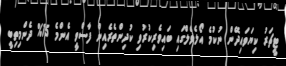
ޓީޗަރު ކިޔަވައިދޭން ނުކުމެ އޯލެވެލްގައި ބައިވެރިކުރުވި ކުދިންތެރެއިން ފާސްވީ އެންމެ 15% ދެންމިތިބީ